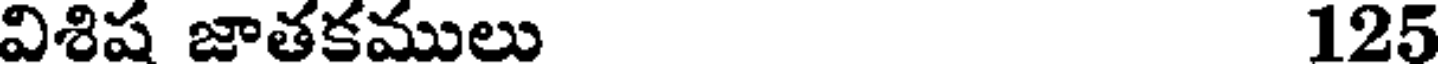
విశిష జాతకములు 125